Scottish Leaving Certificate Examination, 1952
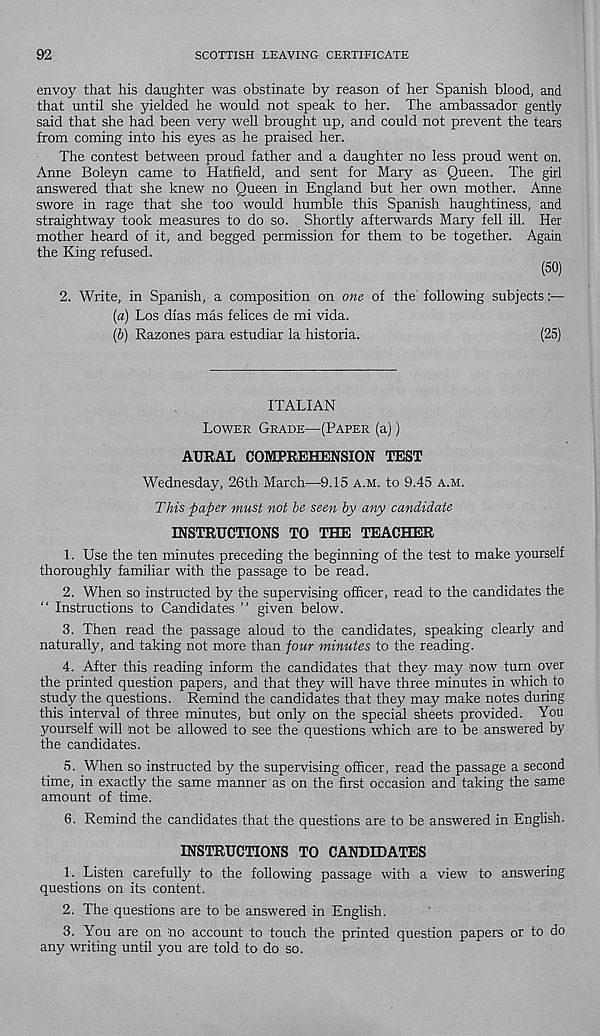
92
SCOTTISH LEAVING CERTIFICATE
envoy that his daughter was obstinate by reason of her Spanish blood, and
that until she yielded he would not speak to her. The ambassador gently
said that she had been very well brought up, and could not prevent the tears
from coming into his eyes as he praised her.
The contest between proud father and a daughter no less proud went on.
Anne Boleyn came to Hatfield, and sent for Mary as Queen. The girl
answered that she knew no Queen in England but her own mother. Anne
swore in rage that she too would humble this Spanish haughtiness, and
straightway took measures to do so. Shortly afterwards Mary fell ill. Her
mother heard of it, and begged permission for them to be together. Again
the King refused.
(50)
2. Write, in Spanish, a composition on one of the' following subjects
{a) Los dias mas felices de mi vida.
(p) Razones para estudiar la historia.
(25)
ITALIAN
Lower Grade—(Paper (a))
AURAL COMPREHENSION TEST
Wednesday, 26th March—9.15 a.m. to 9.45 a.m.
This paper must not he seen by any candidate
INSTRUCTIONS TO THE TEACHER
1. Use the ten minutes preceding the beginning of the test to make yourself
thoroughly familiar with the passage to be read.
2. When so instructed by the supervising officer, read to the candidates the
“ Instructions to Candidates ” given below.
3. Then read the passage aloud to the candidates, speaking clearly and
naturally, and taking not more than four minutes to the reading.
4. After this reading inform the candidates that they may now turn over
the printed question papers, and that they will have three minutes in which to
study the questions. Remind the candidates that they may make notes during
this interval of three minutes, but only on the special sheets provided. You
yourself will not be allowed to see the questions which are to be answered by
the candidates.
5. When so instructed by the supervising officer, read the passage a second
time, in exactly the same manner as on the first occasion and taking the same
amount of time.
6. Remind the candidates that the questions are to be answered in English.
INSTRUCTIONS TO CANDIDATES
1. Listen carefully to the following passage with a view to answering
questions on its content.
2. The questions are to be answered in English.
3. You are on no account to touch the printed question papers or to do
any writing until you are told to do so.